Report on vaccination in Madras 1895-1903 - 1895-1903
Year: 1895
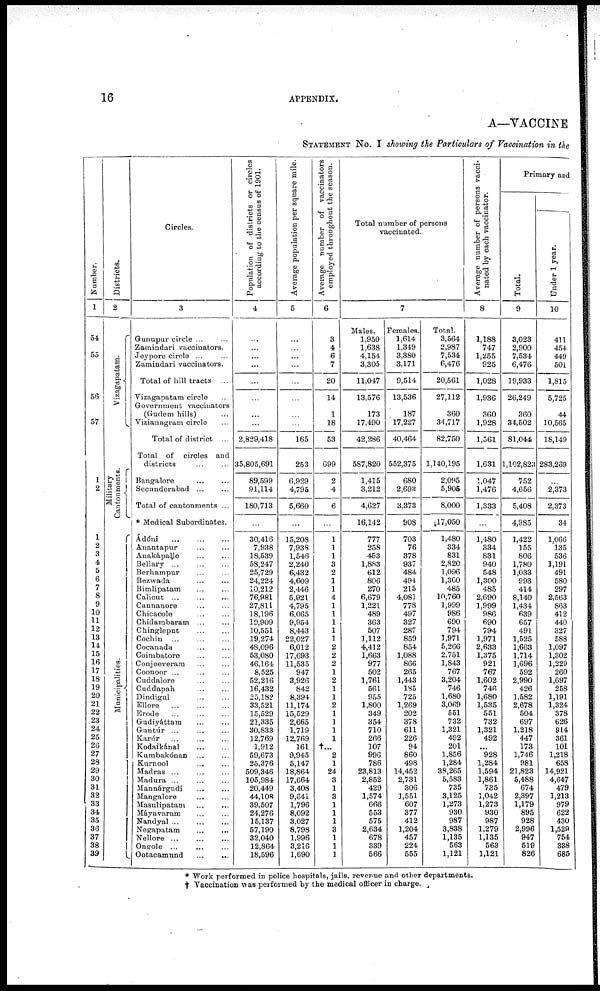
16
APPENDIX.
A—VACCINE
STATEMENT No. I showing the Particulars of Vaccination in the
Number.
1
54
55
56
57
1
2
1
2
3
4
5
6
7
8
9
10
11
12
13
14
15
16
17
18
19
20
21
22
23
24
25
26
27
28
29
30
31
32
33
34
35
36
37
38
39
Districts.
2
Vizagapatam.
Military
Cantonments.
Municipalities.
Circles.
3
Gunupur circle ... ...
Zamindari vaccinators.
Jeypore circle ... ...
Zamindari vaccinators.
Total of hill tracts ...
Vizagapatam circle ...
Government vaccinators
(Gudem hills) ...
Vizianagram circle ...
Total of district ...
Total of circles and
districts ... ...
Bangalore ... ...
Secunderabad ... ...
Total of cantonments ...
* Medical Subordinates.
Ádóni ... ... ...
Anantapur
...
...
Anakápalle ... ...
Bellary ... ... ...
Berhampur ... ...
Bezwada ... ...
Bimlipatam ... ...
Calicut ... ... ...
Cannanore ... ...
Chicacole ... ...
Chidambaram ... ...
Chingleput
...
...
Cochin ... ... ...
Cocanada ... ...
Coimbatore ... ...
Conjeeveram ... ...
Coonoor ... ... ...
Cuddalore ... ...
Cuddapah
...
...
Dindigul ... ...
Ellore
...
...
...
Erode
...
...
...
Gudiyáttam ... ...
Guntúr ... ... ...
Karúr ... ... ...
Kodaikánal ... ...
Kumbakónan ... ...
Kurnool
...
...
Madras
...
...
...
Madura ... ... ...
Mannárgudi
...
...
Mangalore ... ...
Masulipatam ... ...
Máyavaram ... ...
Nandyal
...
...
...
Negapatam
...
...
Nellore ... ... ...
Ongole ... ... ...
Ootacamund
...
...
Population of districts or circles
according to the census of 1901.
4
...
...
...
...
...
...
...
...
2,829,418
35,805,691
89,599
91,114
180,713
...
30,416
7,938
18,539
58,247
25,729
24,224
10,212
76,981
27,811
18,196
19,909
10,551
19,274
48,096
53,080
46,164
8,525
52,216
16,432
25,182
33,521
15,529
21,335
30,833
12,769
1,912
59,673
25,376
509,346
105,984
20,449
44,108
39,507
24,276
15,137
57,190
32,040
12,864
18,596
Average population per square mile.
5
...
...
...
...
...
...
...
...
165
253
6,929
4,795
5,660
...
15,208
7,938
1,546
2,240
6,432
4,609
2,446
5,921
4,795
6,065
9,954
8,443
22,027
6,012
17,693
11,535
947
3,926
842
8,394
11,174
15,529
2,665
1,719
12,769
161
9,945
5,147
18,864
17,664
3,408
9,641
1,796
8,092
3,027
8,798
1,996
3,216
1,690
Average number of vaccinators
employed throughout the season.
6
3
4
6
7
20
14
1
18
53
699
2
4
6
...
1
1
1
3
2
1
1
4
1
1
1
1
1
2
2
2
1
2
1
1
2
1
1
1
1
†...
2
1
24
3
1
3
1
1
1
3
1
1
1
Total number of persons
vaccinated.
7
Males.
1,950
1,638
4,154
3,305
11,047
13,576
173
17,490
42,286
587,820
1,415
3,212
4,627
16,142
777
258
453
1,883
612
806
270
6,679
1,221
489
363
507
1,112
4,412
1,663
977
502
1,761
561
955
1,800
349
354
710
266
107
996
786
23,813
2,852
429
1,574
666
553
575
2,634
678
339
566
Females.
1,614
1,349
3,380
3,171
9,514
13,536
187
17,227
40,464
552,375
680
2,693
3,373
908
703
76
378
937
484
494
215
4,081
778
497
327
287
859
854
1,088
866
265
1,443
185
725
1,269
202
378
611
226
94
860
498
14,452
2,731
306
1,551
607
377
412
1,204
457
224
555
Total.
3,564
2,987
7,534
6,476
20,561
27,112
360
34,717
82,750
1,140,195
2,095
5,906
8,000
17,050
1,480
334
831
2,820
1,096
1,300
485
10,760
1,999
986
690
794
3,971
5,266
2,751
1,843
767
3,204
746
1,680
3,069
551
732
1,321
492
201
1,856
1,284
38,265
5,583
735
3,125
1,273
930
987
3,838
1,135
563
1,121
Average number of persons vacci-
nated by each vaccinator.
8
1,188
747
1,255
925
1,028
1,936
360
1,928
1,561
1,631
1,047
1,476
1,333
...
1,480
334
831
940
548
1,300
485
2,690
1,999
986
690
794
1,971
2,633
1,375
921
767
1,602
746
1,680
1,535
551
732
1,321
492
...
928
1,284
1,594
1,861
735
1,042
1,273
930
987
1,279
1,135
563
1,121
Primary and
Total.
9
3,023
2,900
7,534
6,476
19,933
26,249
360
34,502
81,044
1,102,823
752
4,656
5,408
4,985
1,422
155
806
1,780
1,033
993
414
8,140
1,434
639
657
491
1,525
1,663
1,714
1,696
592
2,990
426
1,582
2,678
504
697
1,218
447
173
1,746
981
21,823
5,488
674
2,397
1,179
895
928
2,996
947
519
826
Under 1 year.
10
411
454
449
501
1,815
5,725
44
10,565
18,149
283,269
...
2,373
2,373
34
1,066
135
536
1,191
491
580
297
2,563
863
412
440
327
588
1,097
1,302
1,229
260
1,697
258
1,191
1,324
378
626
914
361
101
1,218
658
14,921
4,647
479
1,213
979
622
430
1,529
754
338
685
* Work performed in police hospitals, jails, revenue and other departments.
† Vaccination was performed by the medical officer in charge.